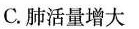
C.肺活量增大